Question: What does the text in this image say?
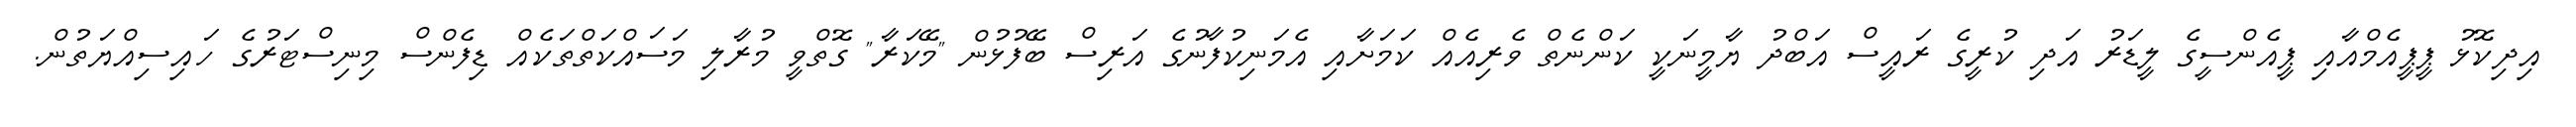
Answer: އިދިކޮޅު ޕީޕީއެމްއާއި ޕީއެންސީގެ ލީޑަރު އަދި ކުރީގެ ރައީސް އަބްދު ޔާމީނަކީ ކަންނެތް ވެރިއެއް ކަމަށާއި އެމަނިކުފާނުގެ އަރިސް ބޭފުޅުން "މޭކަރާ" ގޮތްވީ މުރާލި މަސައްކަތްތަކެއް ޑިފެންސް މިނިސްޓަރުގެ ހައިސިއްޔަތުން.